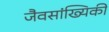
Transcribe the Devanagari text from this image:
जैवसांख्यिकी